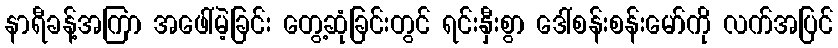
နာရီခန့်အကြာ အဖေါ်မဲ့ခြင်း တွေ့ဆုံခြင်းတွင် ရင်းနှီးစွာ ဒေါ်စန်းစန်းမော်ကို လက်အပြင်